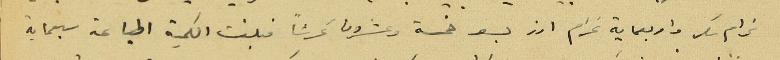
غرام سكر واربعماية غرام ارز بسعر خمسة وعشرون غرشاً فبلغت الكمية المباعة سبعماية